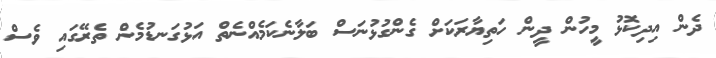
ދެން އިދިކޮޅު މީހުން ދީން ހަތިޔާރަކަށް ގެންގުޅުނަސް ބަލާނެކަމެއްނެތް އަޅުގަނޑުމެން ތެރޭގައި ވެސް